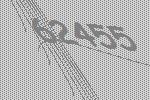
62455